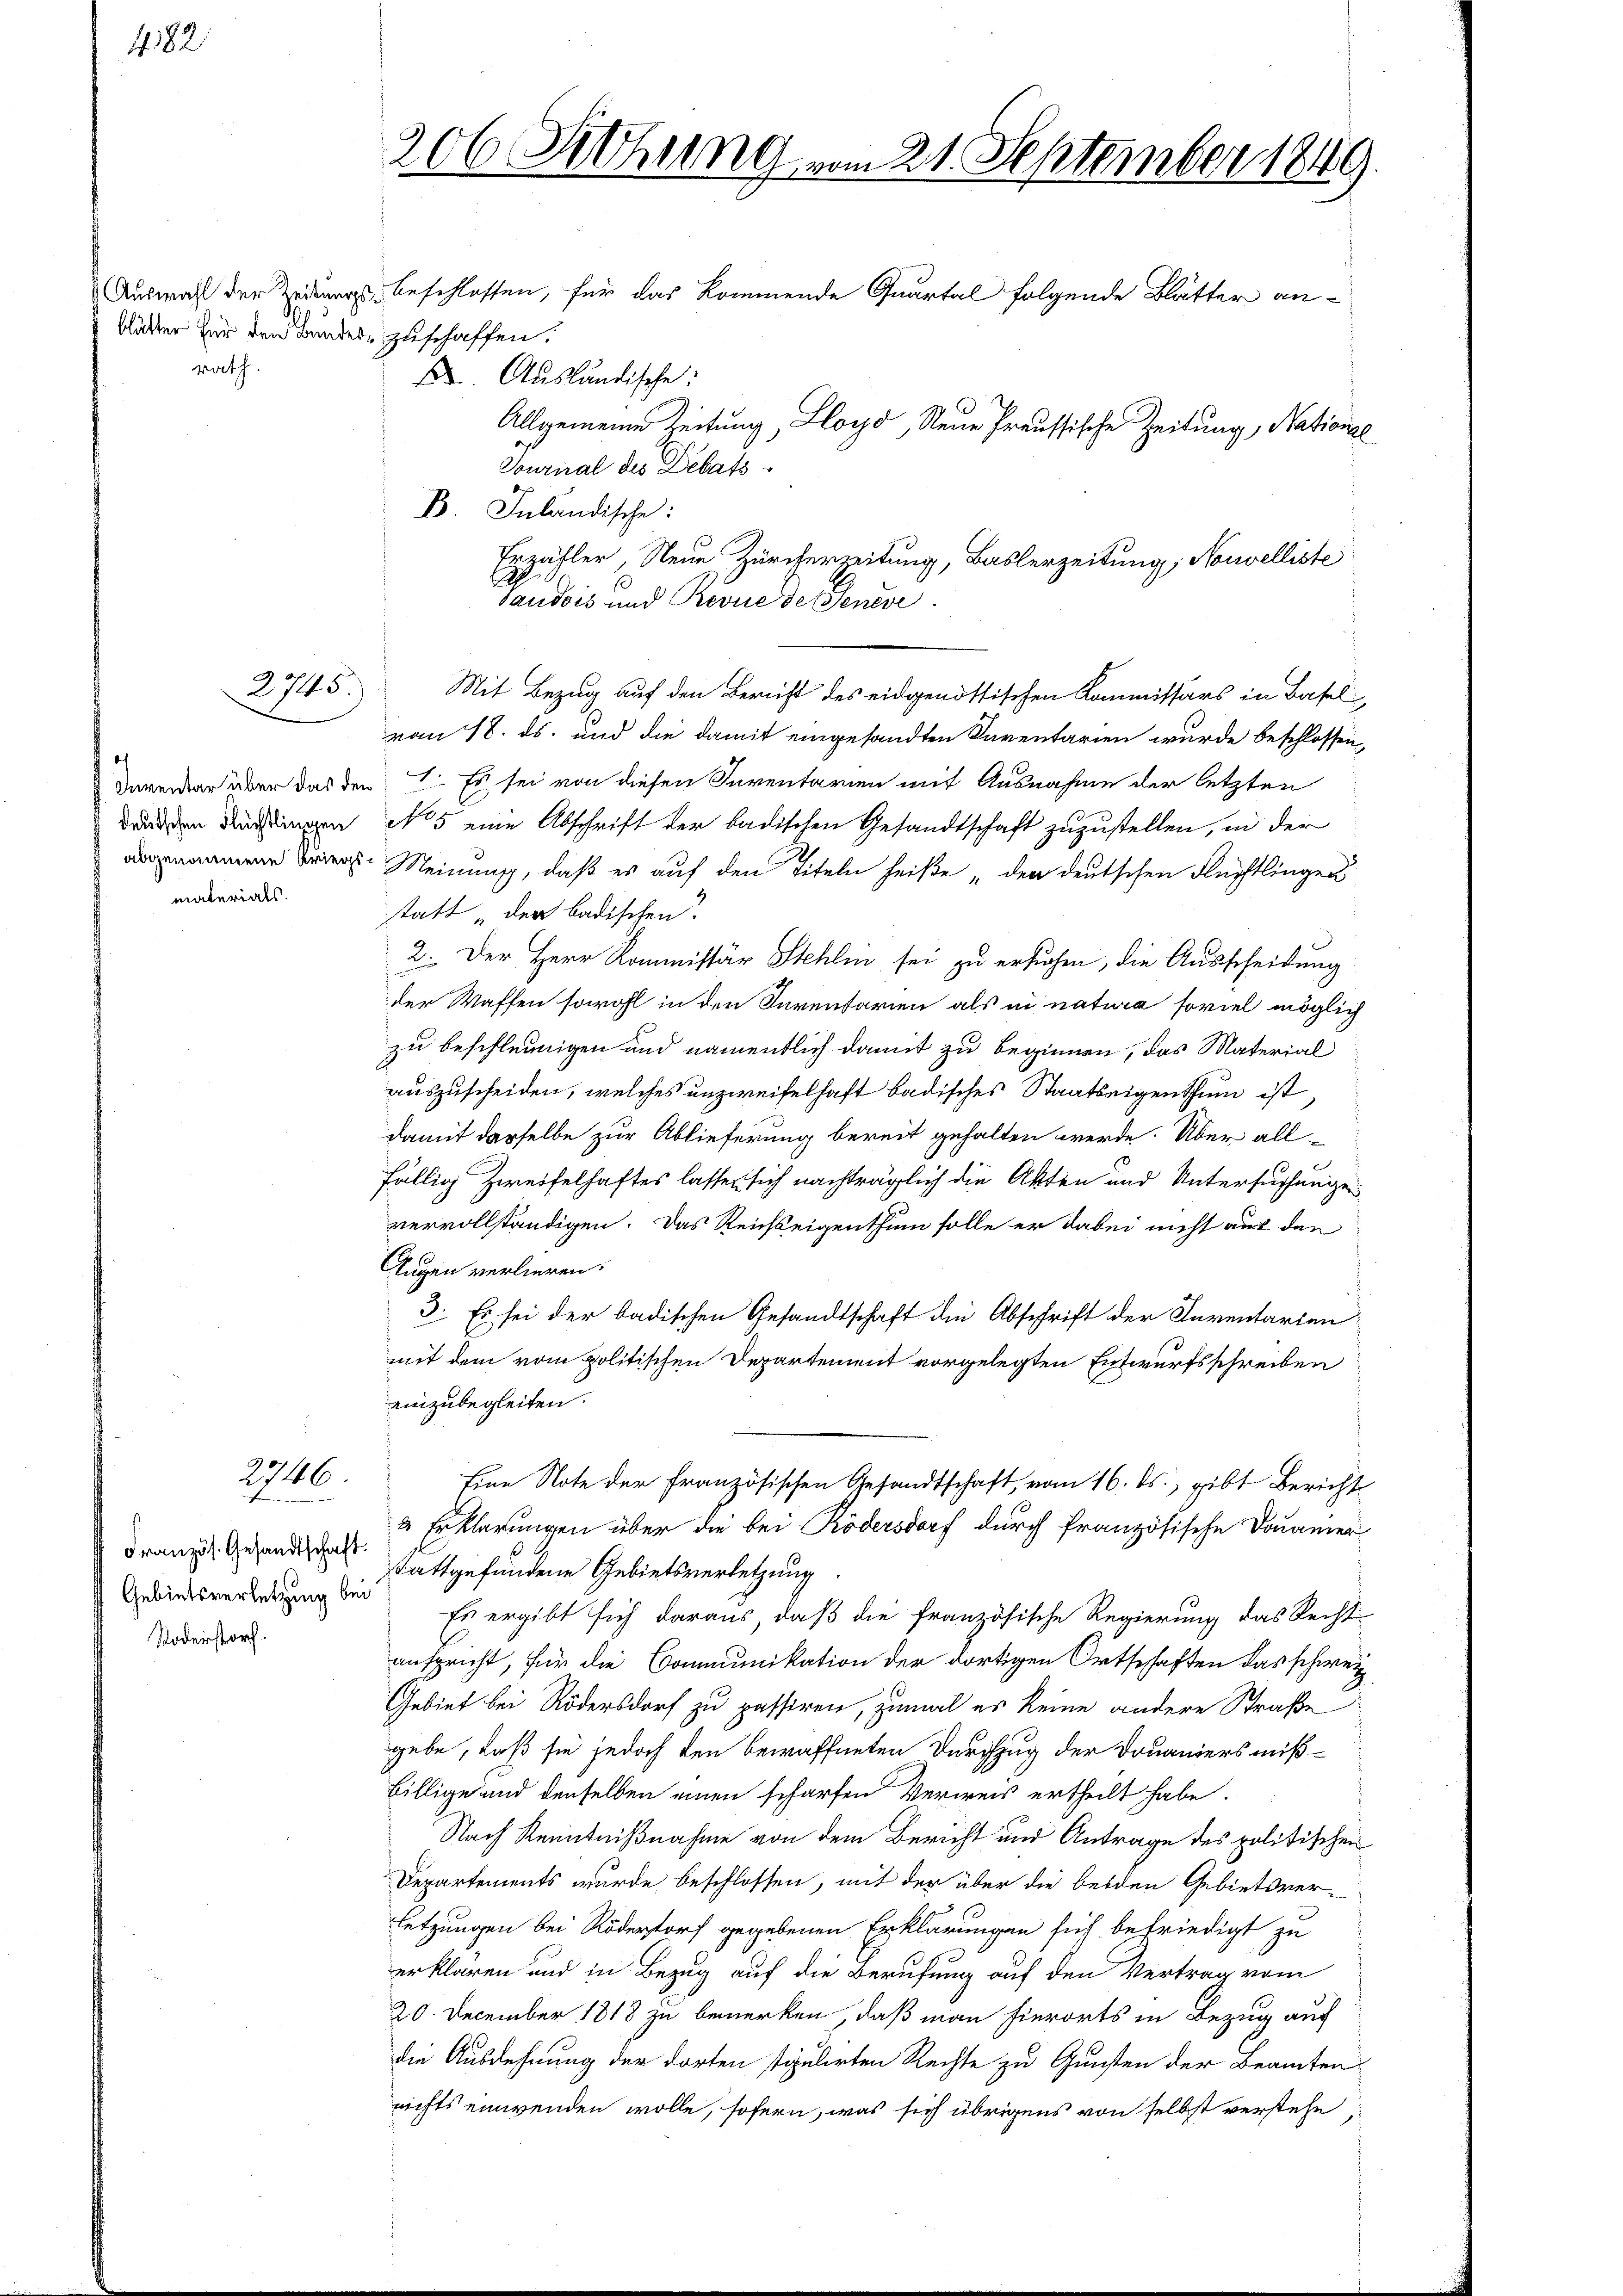
482.

blätter für den Bundes zuschaffen.
rath.

materials.

2745.

2746

Französ. Gesandtschaft.
Gebietsverletzung bei
Todestorf.

Auswahl der Zeitung beschlossen, für das kommende Quartal folgende Blätter an¬
E. Ausländische:
Allgemeine Zeitung, Lloyd, Neue Preussische Zeitung, National
Tournal des Debats¬
B. Inländische:
1
Saudois und Revue des Seneve
Mit Bezug auf den Bericht des eidgenössischen Kommissärs in Basel
vom 18. ds. und die damit eingesandten Kaventarien wurde beschlossen,
Inventar aber das den 1. Es sei von diesen Inventarien mit Ausnahme der letzten
dard den Rechtingen No 5 eine Abschrift der badischen Gesandtschaft zuzustellen, in der
 Meinung, daß es auf den Titeln heiße der deutschen Flüchtlingen
statt der badischen.
2. Der Herr Kommissär Stehlin sei zu ersuchen, die Ausscheidung
der Waffen sowohl in den Inventarien als in natura soviel möglich
zu beschleunigen und namentlich damit zu beginnen, das Material
auszuscheiden, welches unzweifelhaft badisches Staatseigenthum ist,
damit derselbe zur Ablieferung bereit gehalten werde. Über all-
fällig Zweifelhaftes lassen sich nachträglich die Akten und Untersuchungen
vervollständigen. Das Reichseigenthum solle er dabei nicht auf den
Tugen verlieren.
3. Es sei der badischen Gesandtschaft die Abschrift der Inventarien
mit dem vom politischen Departement vorgelegten Entwurfsschreiben
einzubegleiten.
Eine Note der Französischen Gesandtschaft, vom 16. ds., gibt Bericht
2 Erklärungen über die bei Ködersdorf durch französische Douanier
stattgefundene Gebietsverletzung.
Es ergibt sich daraus, daß die französische Regierung das Recht-
anspricht, für die Communikation der dortigen Ortschaften das schweiz
Gebiet bei Rödersdorf zu passiren, zumal es keine andere Straße
gebe, daß sie jedoch den bewaffneten Durchzug der Douaniers mißbillige und denselben einen scharfen Verweis ertheilt habe.
Nach Kenntnißnahme von dem Bericht und Antrage des politischen
Departements wurde beschlossen, mit der über die beiden Gebietsver-
letzungen bei Röderstorf gegebenen Erklärungen sich befriedigt zu
erklären und in Bezug auf die Berufung auf den Vertrag vom
20. December 1818 zu bemerken, daß man hierorts in Bezug auf
die Ausdehnung der dorten stipulirten Rechte zu Gunsten der Beamten
richts einwenden wolle, sofern, was sich übrigens von selbst verstehe,

206 Sitzung vom 21. September 1849.

Erzähler, Neue Zürcherzeitung, Baslerzeitung; Nouvelliste